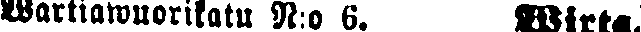
wartiawuorikatu N:o 6. Wirta.